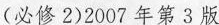
(必修2)2007年第3版